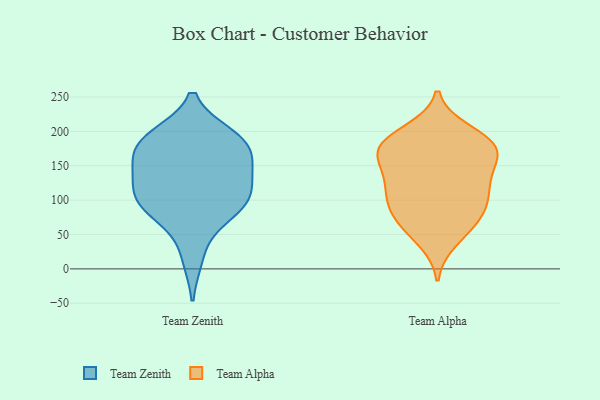
{"axis": {"x": "Inventory Turnover", "y": "Value"}, "legend": ["Team Alpha", "Team Zenith"], "data": [{"x": "", "y": 94, "type": "Team Zenith"}, {"x": "", "y": 90, "type": "Team Zenith"}, {"x": "", "y": 96, "type": "Team Zenith"}, {"x": "", "y": 181, "type": "Team Zenith"}, {"x": "", "y": 193, "type": "Team Zenith"}, {"x": "", "y": 118, "type": "Team Zenith"}, {"x": "", "y": 108, "type": "Team Zenith"}, {"x": "", "y": 190, "type": "Team Zenith"}, {"x": "", "y": 174, "type": "Team Zenith"}, {"x": "", "y": 138, "type": "Team Zenith"}, {"x": "", "y": 147, "type": "Team Zenith"}, {"x": "", "y": 186, "type": "Team Zenith"}, {"x": "", "y": 75, "type": "Team Zenith"}, {"x": "", "y": 17, "type": "Team Zenith"}, {"x": "", "y": 148, "type": "Team Zenith"}, {"x": "", "y": 145, "type": "Team Alpha"}, {"x": "", "y": 168, "type": "Team Alpha"}, {"x": "", "y": 88, "type": "Team Alpha"}, {"x": "", "y": 97, "type": "Team Alpha"}, {"x": "", "y": 164, "type": "Team Alpha"}, {"x": "", "y": 41, "type": "Team Alpha"}, {"x": "", "y": 62, "type": "Team Alpha"}, {"x": "", "y": 178, "type": "Team Alpha"}, {"x": "", "y": 167, "type": "Team Alpha"}, {"x": "", "y": 101, "type": "Team Alpha"}, {"x": "", "y": 82, "type": "Team Alpha"}, {"x": "", "y": 124, "type": "Team Alpha"}, {"x": "", "y": 125, "type": "Team Alpha"}, {"x": "", "y": 178, "type": "Team Alpha"}, {"x": "", "y": 186, "type": "Team Alpha"}, {"x": "", "y": 200, "type": "Team Alpha"}, {"x": "", "y": 124, "type": "Team Alpha"}, {"x": "", "y": 63, "type": "Team Alpha"}, {"x": "", "y": 190, "type": "Team Alpha"}]}